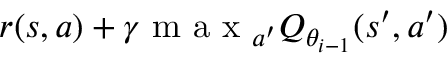
r ( s , a ) + \gamma \mathrm { ~ m ~ a ~ x ~ } _ { a ^ { \prime } } Q _ { \theta _ { i - 1 } } ( s ^ { \prime } , a ^ { \prime } )